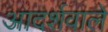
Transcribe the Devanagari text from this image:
आदर्शवाले